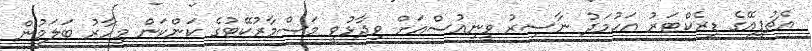
އެޗުޕީއޭގެ ޑިރެކްޓަރު އަހުމަދު ނާސިރު ވީނިއުސްއަށް ވިދާޅުވީ މަސްމާރުކޭޓުގެ ކަންކަން މިހާރު ބަލަމުން